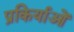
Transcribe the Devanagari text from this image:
प्रकिर्याओं